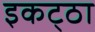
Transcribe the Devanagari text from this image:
इकट्‌ठा